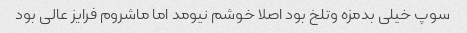
سوپ خیلی بدمزه و‌تلخ بود اصلا خوشم نیومد اما ماشروم فرایز عالی بود